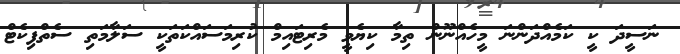
ނަސީދަ ކީ ކަމެއްދަންނަ މީހެއްނޫން ތިމާ ކިޔެވީ މެރިޓައިމް ކުރިމަސައްކަތަކީ ސަލާމަތި ސެތްފިކެޓް